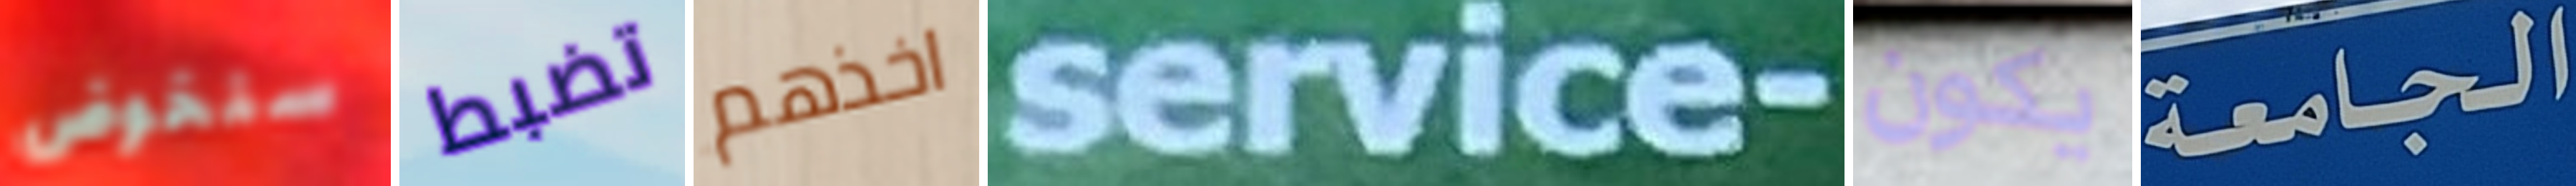
سنخوض تضبط اخذهم service- يكون الجامعة